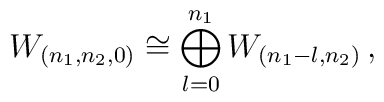
W_{(n_1,n_2,0)} \cong \bigoplus_{l=0}^{n_1} W_{(n_1-l,n_2)} \,,